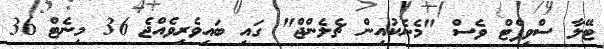
ޓޭލާ ސްވިފްޓް ވެސް "މެނެކުއިން ޗެލެންޖް" ގައި ބައިވެރިވެއްޖެ 36 މިނެޓް 36